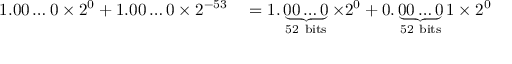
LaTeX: \begin{array} { r l } { 1 . 0 0 \ldots 0 \times 2 ^ { 0 } + 1 . 0 0 \ldots 0 \times 2 ^ { - 5 3 } } & { { } = 1 . \underbrace { 0 0 \ldots 0 } _ { \mathrm { 5 2 ~ b i t s } } \times 2 ^ { 0 } + 0 . \underbrace { 0 0 \ldots 0 } _ { \mathrm { 5 2 ~ b i t s } } 1 \times 2 ^ { 0 } } \end{array}